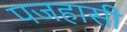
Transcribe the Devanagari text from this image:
पजहासी